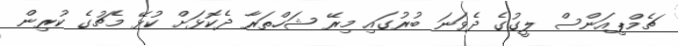
ޗެމްޕިއަންސް ލީގުގެ ދެވަނަ ބުރުގައި މިރޭ ޝަހްތަރާ ދެކޮޅަށް ކުޅޭ މެޗުގެ ކުރިން